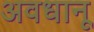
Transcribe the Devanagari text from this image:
अवधानू